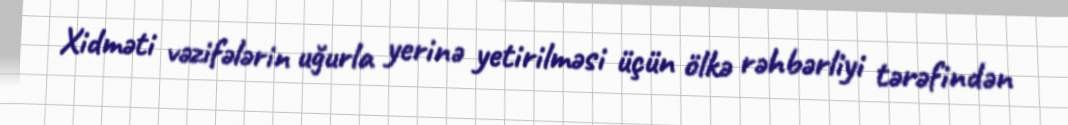
Xidməti vəzifələrin uğurla yerinə yetirilməsi üçün ölkə rəhbərliyi tərəfindən